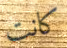
كانت